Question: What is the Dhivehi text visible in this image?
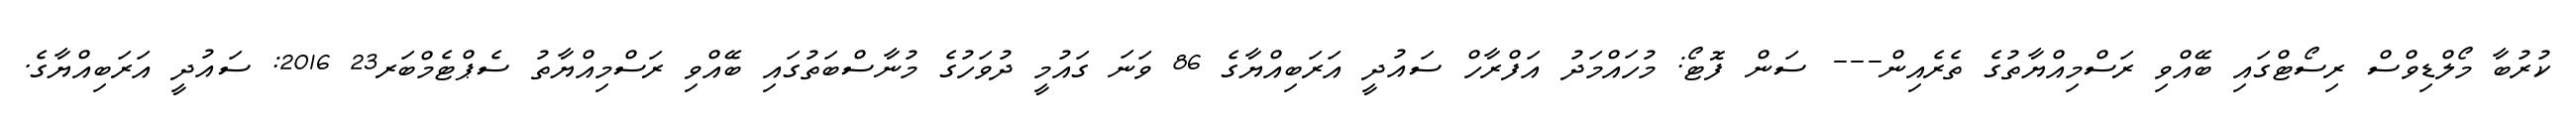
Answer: ކުރުބާ މޯލްޑިވްސް ރިސޯޓްގައި ބޭއްވި ރަސްމިއްޔާތުގެ ތެރެއިން--- ސަން ފޮޓޯ: މުހައްމަދު އަފްރާހް ސައުދީ އަރަބިއްޔާގެ 86 ވަނަ ގައުމީ ދުވަހުގެ މުނާސްބަތުގައި ބޭއްވި ރަސްމިއްޔާތު ސެޕްޓެމްބަރ23 2016: ސައުދީ އަރަބިއްޔާގެ.